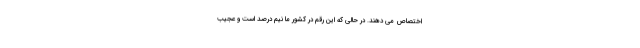
اختصاص می دهند. در حالی که این رقم در کشور ما نیم درصد است و عجیب